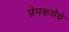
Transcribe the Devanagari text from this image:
प्रेमकथेचे